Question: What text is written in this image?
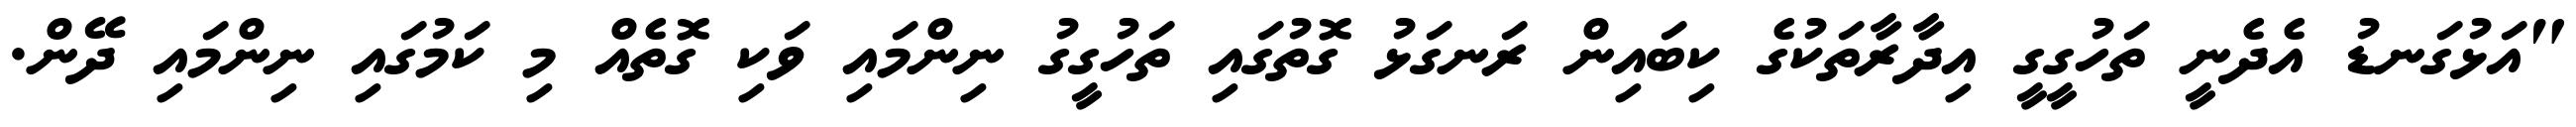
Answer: "އަޅުގަނޑު އެދެނީ ތަހުގީގީ އިދާރާތަކުގެ ކިބައިން ރަނގަޅު ގޮތުގައި ތަހުގީގު ނިންމައި ވަކި ގޮތެއް މި ކަމުގައި ނިންމައި ދޭން.